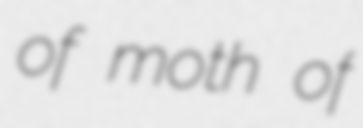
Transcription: of moth of